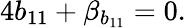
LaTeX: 4b_{11}+\beta_{b_{11}}=0.